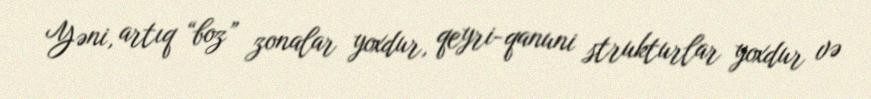
Yəni, artıq “boz” zonalar yoxdur, qeyri-qanuni strukturlar yoxdur və